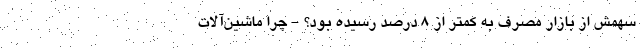
سهمش از بازار مصرف به کمتر از ۸ درصد رسیده بود؟ - چرا ماشین‌آلات